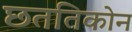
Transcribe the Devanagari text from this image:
छततिकोन